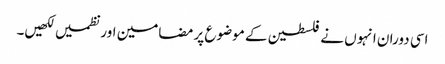
اسی دوران انہوں نے فلسطین کے موضوع پر مضامین اور نظمیں لکھیں۔